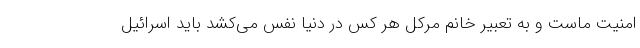
امنیت ماست و به تعبیر خانم مرکل هر کس در دنیا نفس می‌کشد باید اسرائیل